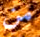
من